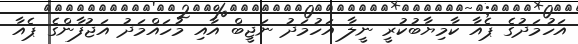
އަހުމަދުގެ ޕެއާ ކާމިޔާބުކުރީ ނީލާ އަހުމަދު ނަޖީބް އާއި މުހައްމަދު އަޖުފާންގެ ޕެއާ